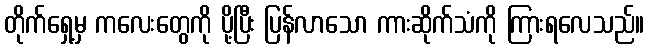
တိုက်ရှေ့မှ ကလေးတွေကို ပို့ပြီး ပြန်လာသော ကားဆိုက်သံကို ကြားရလေသည်။